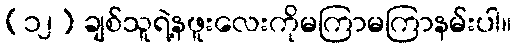
(၁၂) ချစ်သူရဲ့နဖူးလေးကိုမကြာမကြာနမ်းပါ။